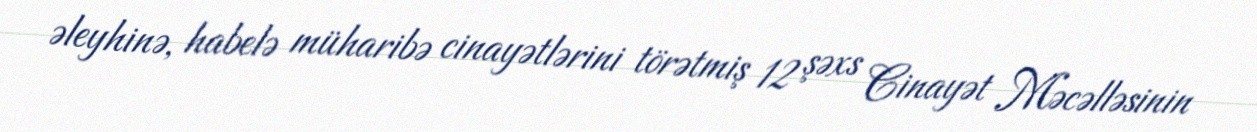
əleyhinə, habelə müharibə cinayətlərini törətmiş 12 şəxs Cinayət Məcəlləsinin